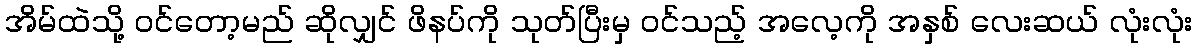
အိမ်ထဲသို့ ဝင်တော့မည် ဆိုလျှင် ဖိနပ်ကို သုတ်ပြီးမှ ဝင်သည့် အလေ့ကို အနှစ် လေးဆယ် လုံးလုံး